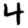
Digit: 4